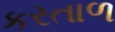
કરતાળ